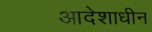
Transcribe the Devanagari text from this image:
आदेशाधीन